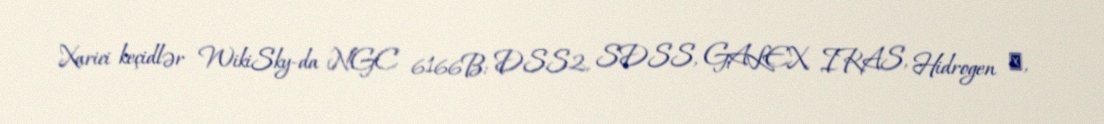
Xarici keçidlər WikiSky-da NGC 6166B: DSS2, SDSS, GALEX, IRAS, Hidrogen α,